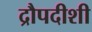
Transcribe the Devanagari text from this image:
द्रौपदीशी